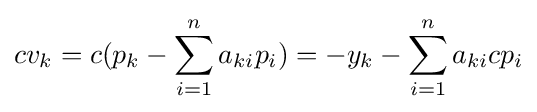
cv_{k}=c(p_{k}-\sum _{i=1}^{n}a_{ki}p_{i})=-y_{k}-\sum _{i=1}^{n}a_{ki}cp_{i}